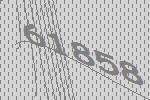
61858